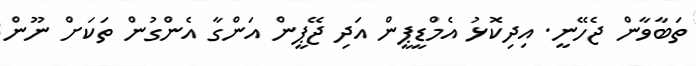
ތަބާވާން ޖެހޭނީ. އިދިކޮޅު އެމްޑީޕީން އަދި ޖޭޕީން އަންގާ އެންގުން ތަކަށް ނޫން